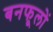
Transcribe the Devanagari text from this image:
बनफूलों